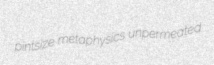
pintsize metaphysics unpermeated